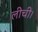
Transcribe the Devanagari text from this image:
लीची।